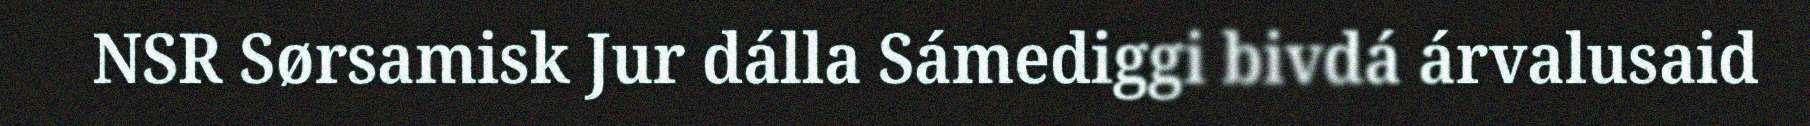
NSR Sørsamisk Jur dálla Sámediggi bivdá árvalusaid